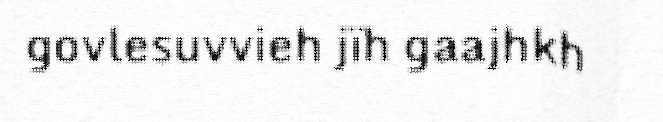
govlesuvvieh jïh gaajhkh